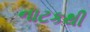
નાટકથી